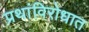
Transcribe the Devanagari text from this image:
प्रथांविरोधात